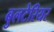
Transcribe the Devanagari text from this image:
बुलटेरियर